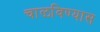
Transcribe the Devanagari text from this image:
चाळविण्यास